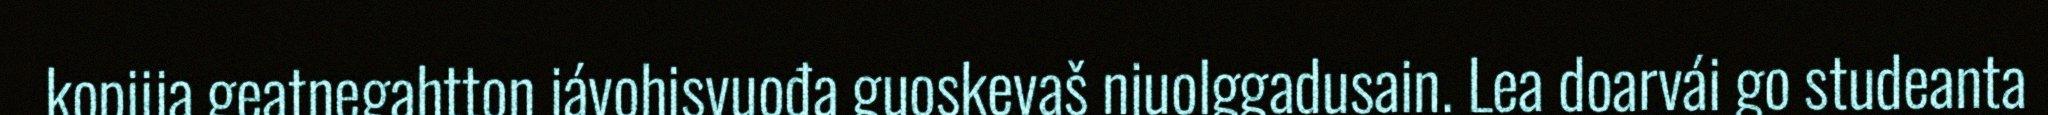
kopiija geatnegahtton jávohisvuođa guoskevaš njuolggadusain. Lea doarvái go studeanta